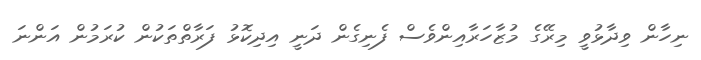
ނިހާން ވިދާޅުވީ މިރޭގެ މުޒާހަރާއިންވެސް ފެނިގެން ދަނީ އިދިކޮޅު ފަރާތްތަަކުން ކުރަމުން އަންނަ